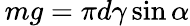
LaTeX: \, mg=\pi d\gamma\sin\alpha